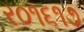
ર૦૧૬૧૭